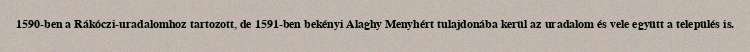
1590-ben a Rákóczi-uradalomhoz tartozott, de 1591-ben bekényi Alaghy Menyhért tulajdonába kerül az uradalom és vele együtt a település is.